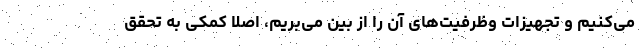
می‌کنیم و تجهیزات وظرفیت‌های آن را از بین می‌بریم، اصلا کمکی به تحقق